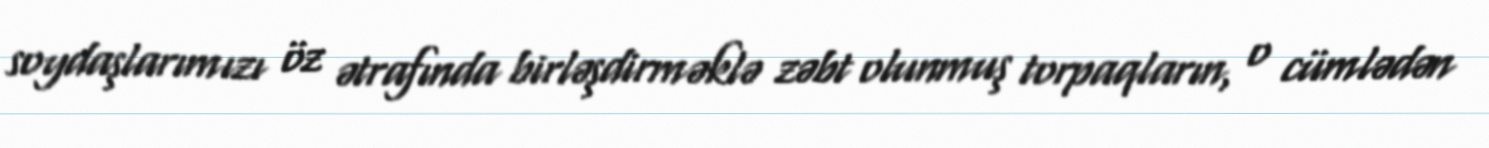
soydaşlarımızı öz ətrafında birləşdirməklə zəbt olunmuş torpaqların, o cümlədən